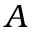
A